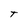
Character: t